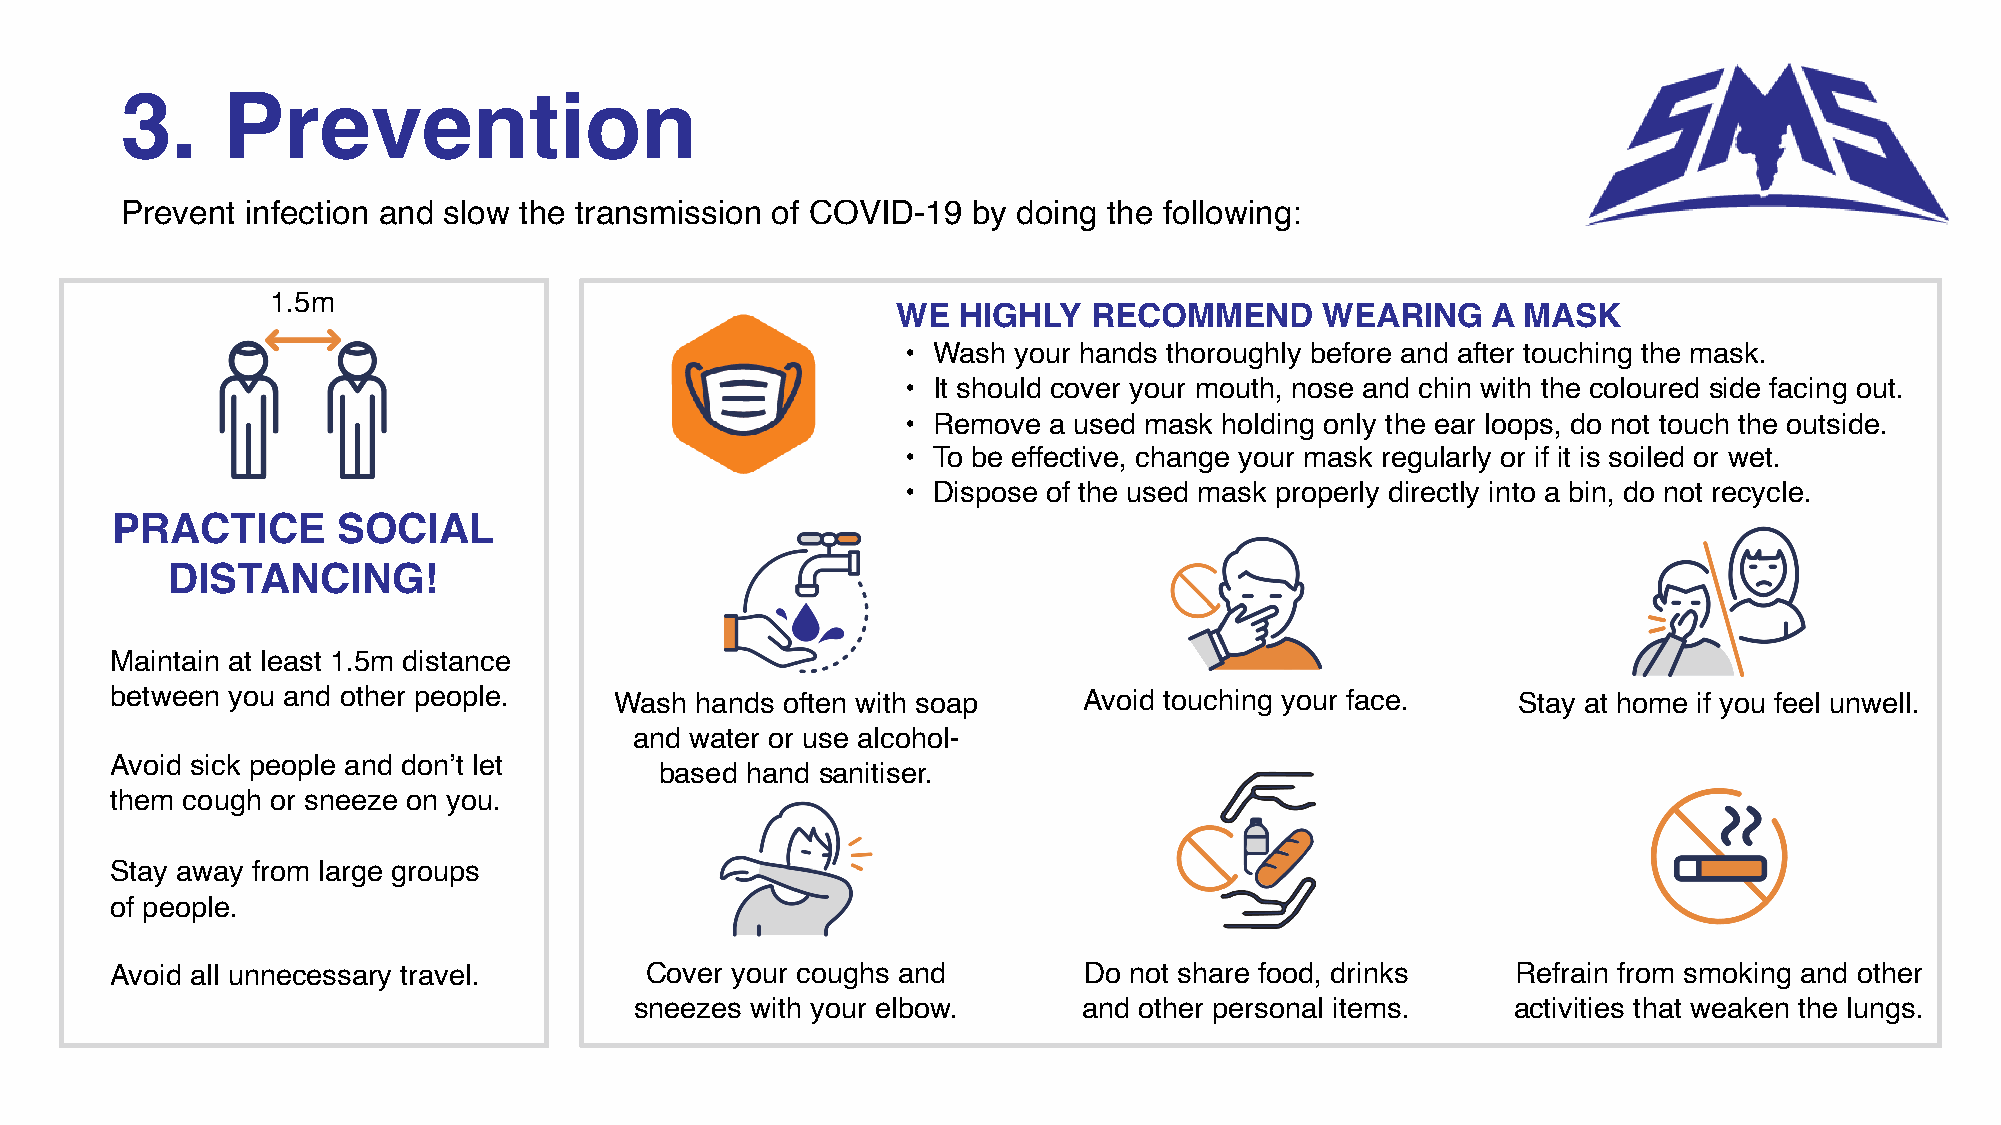
3.     Prevention
 Prevent infection and slow the transmission of COVID-19 by doing the following:
 1.5m
 WE  HIGHLY   RECOMMEND      WEARING     A MASK
 • Wash your hands thoroughly before and after touching the mask.
 • It should cover your mouth, nose and chin with the coloured side facing out.
 • Remove a used mask holding only the ear loops, do not touch the outside.
 • To be effective, change your mask regularly or if it is soiled or wet.
 • Dispose of the used mask properly directly into a bin, do not recycle.
 PRACTICE       SOCIAL
 DISTANCING!
 Maintain at least 1.5m distance
 between you and other people.     Wash hands often with soap     Avoid touching your face.   Stay at home if you feel unwell.
 and water or use alcohol-
 Avoid sick people and don’t let
 based hand sanitiser.
 them cough or sneeze on you.
 Stay away from large groups
 of people.
 Avoid all unnecessary travel.       Cover your coughs and        Do not share food, drinks   Refrain from smoking and other
 sneezes with your elbow.      and other personal items.   activities that weaken the lungs.